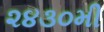
૨૪૩૦મી